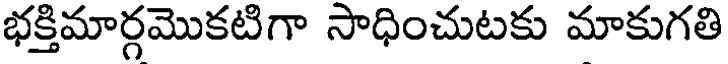
భక్తిమార్గమొకటిగా సాధించుటకు మాకుగతి